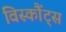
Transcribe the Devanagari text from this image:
विस्कौंट्स